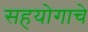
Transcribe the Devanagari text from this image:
सहयोगाचे